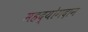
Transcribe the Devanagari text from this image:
महद्योगदान